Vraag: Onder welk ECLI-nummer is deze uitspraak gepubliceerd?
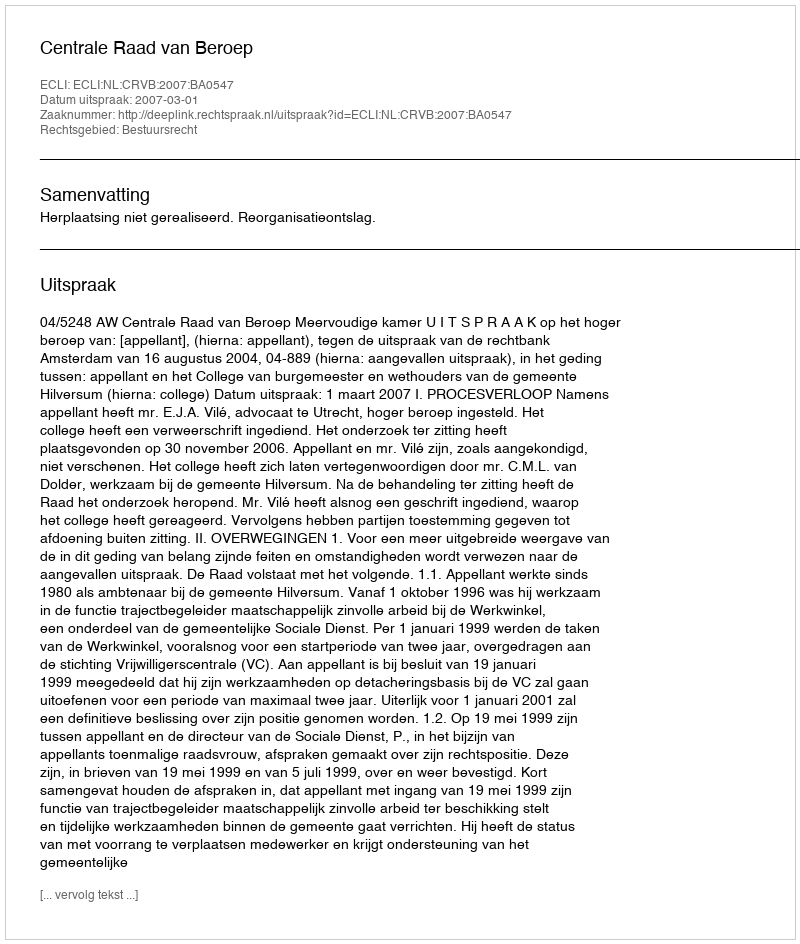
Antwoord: ECLI:NL:CRVB:2007:BA0547